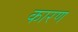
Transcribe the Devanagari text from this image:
कारण